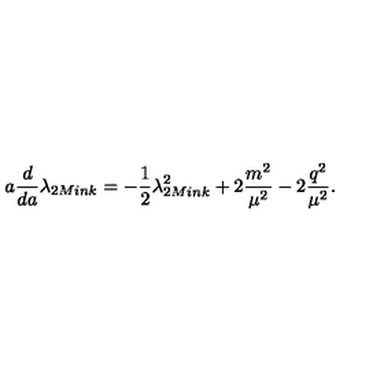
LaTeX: a \frac { d } { d a } \lambda _ { 2 M i n k } = - \frac { 1 } { 2 } \lambda _ { 2 M i n k } ^ { 2 } + 2 \frac { m ^ { 2 } } { \mu ^ { 2 } } - 2 \frac { q ^ { 2 } } { \mu ^ { 2 } } .